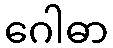
ဂေါဓာ